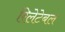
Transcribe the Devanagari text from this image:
रिलेटेबल